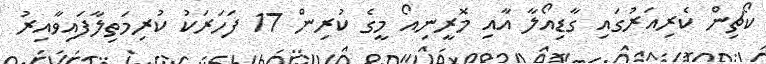
ކޯޗިން ކެރިއަރުގައި ގާޑިއޯލާ އާއި މޮރީނިއޯ މީގެ ކުރިން 17 ފަހަރަކު ކުރިމަތިލާފައިވާއިރު